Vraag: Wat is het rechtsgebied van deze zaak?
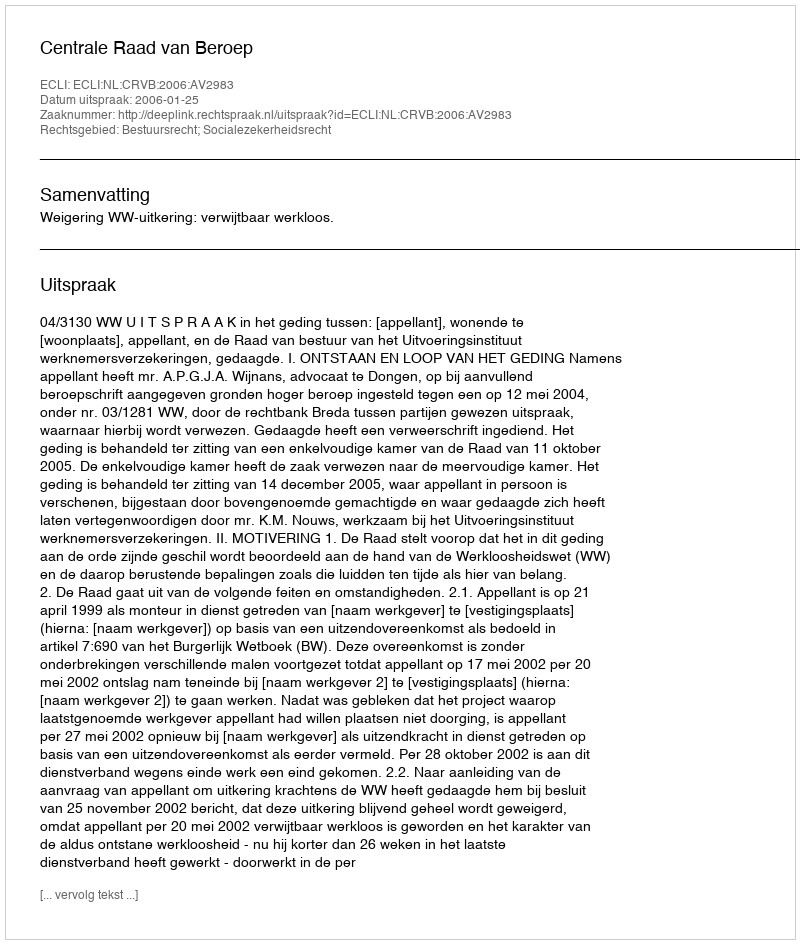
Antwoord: Bestuursrecht; Socialezekerheidsrecht